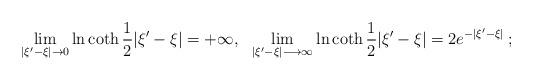
LaTeX: \begin{align*}\lim_{|\xi '-\xi |\rightarrow 0}\ln \coth\frac{1}{2}|\xi '- \xi | = +\infty, \:\:\: \lim_{|\xi '-\xi |\longrightarrow \infty}\ln\coth\frac{1}{2}|\xi '- \xi | = 2e^{-|\xi ' -\xi |}\: ;\end{align*}